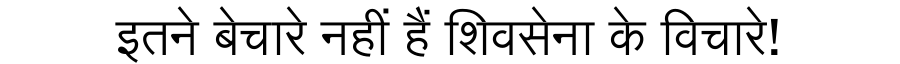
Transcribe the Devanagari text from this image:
इतने बेचारे नहीं हैं शिवसेना के विचारे!